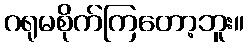
ဂရုမစိုက်ကြတော့ဘူး။